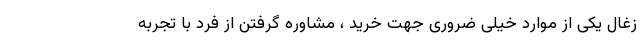
زغال یکی از موارد خیلی ضروری جهت خرید ، مشاوره گرفتن از فرد با تجربه